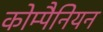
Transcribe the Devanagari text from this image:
कोम्पैनियन